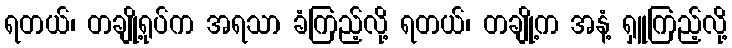
ရတယ်၊ တချို့ရုပ်က အရသာ ခံကြည့်လို့ ရတယ်၊ တချို့က အနံ့ ရှူကြည့်လို့